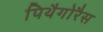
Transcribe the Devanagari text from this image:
पिथैगोरैस